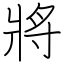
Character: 將